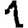
Digit: 1